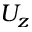
U _ { z }